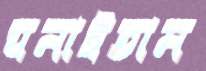
ঘনাইতাম